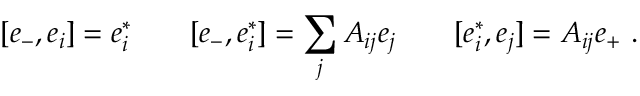
[ e _ { - } , e _ { i } ] = e _ { i } ^ { * } \qquad [ e _ { - } , e _ { i } ^ { * } ] = \sum _ { j } A _ { i j } e _ { j } \qquad [ e _ { i } ^ { * } , e _ { j } ] = A _ { i j } e _ { + } ~ .